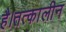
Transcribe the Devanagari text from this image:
है।तत्कालीन